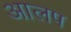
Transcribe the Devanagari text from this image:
आलप